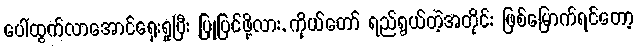
ပေါ်ထွက်လာအောင်ရှေးရှုပြီး ပြုပြင်ဖို့လား, ကိုယ်တော် ရည်ရွယ်တဲ့အတိုင်း ဖြစ်မြောက်ရင်တော့